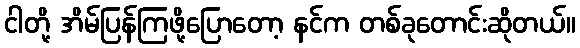
ငါတို့ အိမ်ပြန်ကြဖို့ပြောတော့ နင်က တစ်ခုတောင်းဆိုတယ်။